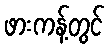
ဖားကန့်တွင်